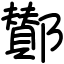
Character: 鄼